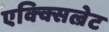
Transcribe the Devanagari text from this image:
एक्क्सिल्रेट